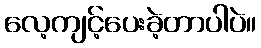
လေ့ကျင့်ပေးခဲ့တာပါပဲ။